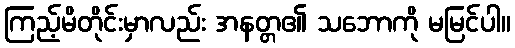
ကြည့်မိတိုင်းမှာလည်း အနတ္တ၏ သဘောကို မမြင်ပါ။